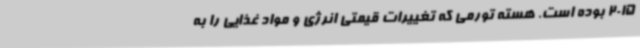
2015 بوده است. هسته تورمی که تغییرات قیمتی انرژی و مواد غذایی را به